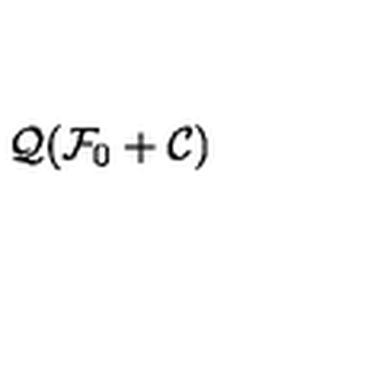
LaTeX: { \cal { Q } } ( { \cal { F } } _ { 0 } + { \cal { C } } )